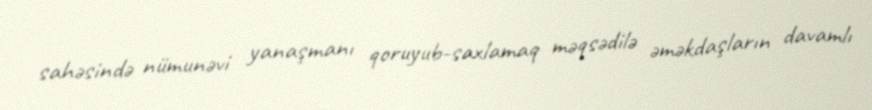
sahəsində nümunəvi yanaşmanı qoruyub-saxlamaq məqsədilə əməkdaşların davamlı